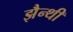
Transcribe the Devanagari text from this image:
झैन्थी